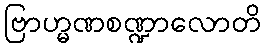
ဗြာဟ္မဏစဏ္ဍာလောတိ